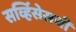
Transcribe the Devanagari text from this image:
सर्व्हिसेसची